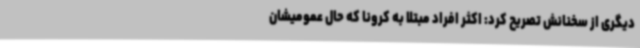
دیگری از سخنانش تصریح کرد: اکثر افراد مبتلا به کرونا که حال عمومیشان